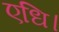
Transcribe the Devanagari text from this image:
एधि।